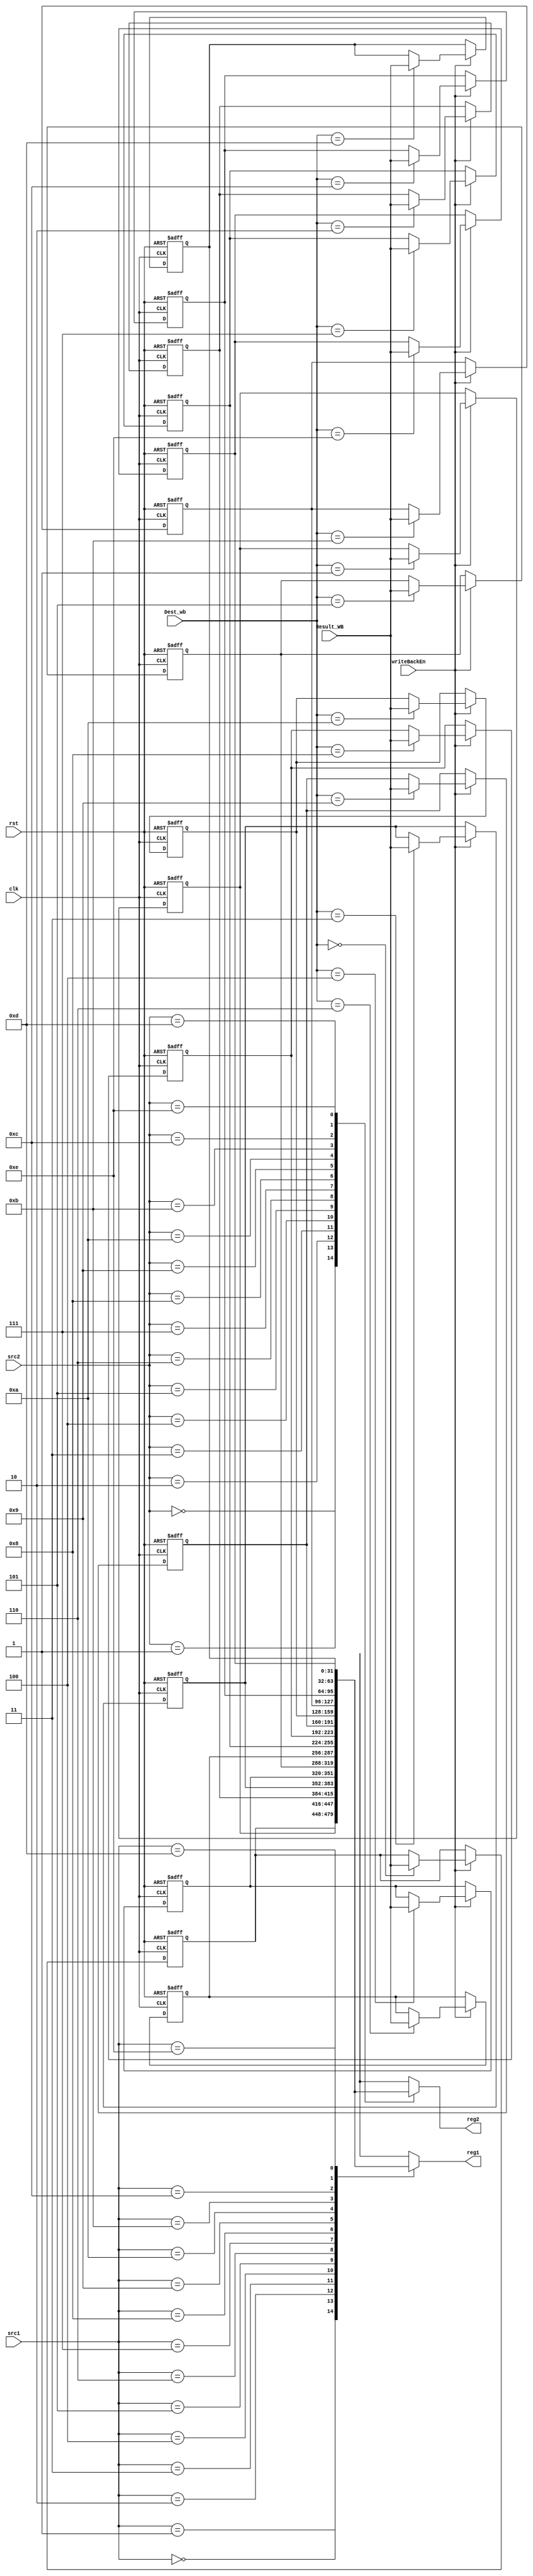

module RegisterFile ( 
	input clk, rst,
	input [3 : 0] src1, src2, Dest_wb,
	input [31 : 0]Result_WB,
	input writeBackEn,
	output [31 : 0] reg1, reg2
);


reg [31 : 0] RF [14 : 0];

integer i;

always @(negedge clk, posedge rst) begin
	if(rst)
	   for(i = 0; i < 15; i = i + 1) begin
		RF[i] = i;
	   end
	else if(writeBackEn)
		RF[Dest_wb] = Result_WB;
end

assign reg1 = RF[src1];
assign reg2 = RF[src2];

endmodule